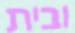
ובית